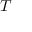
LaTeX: T _ { \mathbf { \delta } }